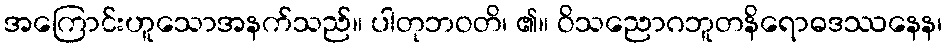
အကြောင်းဟူသောအနက်သည်။ ပါတုဘဝတိ၊ ၏။ ဝိသညောဂဘူတနိရောဓဒဿနေန၊